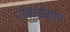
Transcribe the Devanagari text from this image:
पोवाडेकार